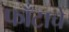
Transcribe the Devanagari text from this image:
फाँटाचे